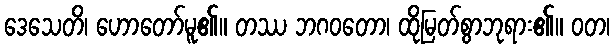
ဒေသေတိ၊ ဟောတော်မူ၏။ တဿ ဘဂဝတော၊ ထိုမြတ်စွာဘုရား၏။ ဝတ၊